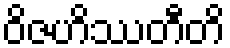
ဝိဇဟိဿတီတိ